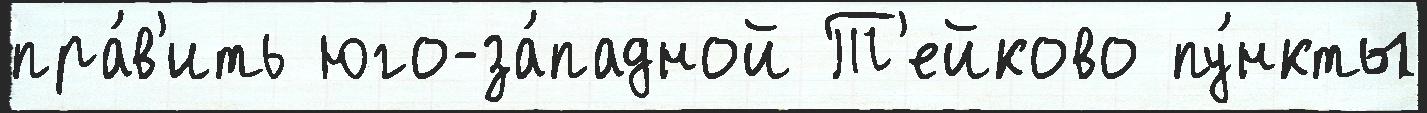
пра́в'ить юго-за́падной Т'ейково пу́нкты